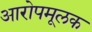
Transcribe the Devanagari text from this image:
आरोपमूलक